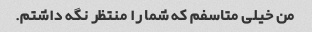
من خیلی متاسفم که شما را منتظر نگه داشتم.